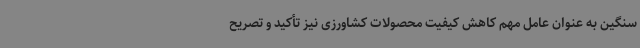
سنگین به عنوان عامل مهم کاهش کیفیت محصولات کشاورزی نیز تأکید و تصریح